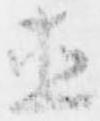
直